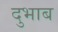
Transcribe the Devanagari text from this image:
दुभाब